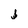
Character: j